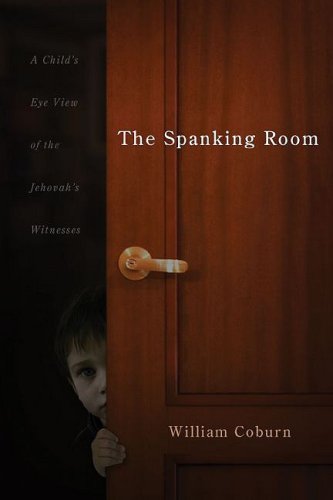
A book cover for The Spanking Room: A Child's Eye View of the Jehovah's Witnesses; William Coburn; Christian Books & Bibles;